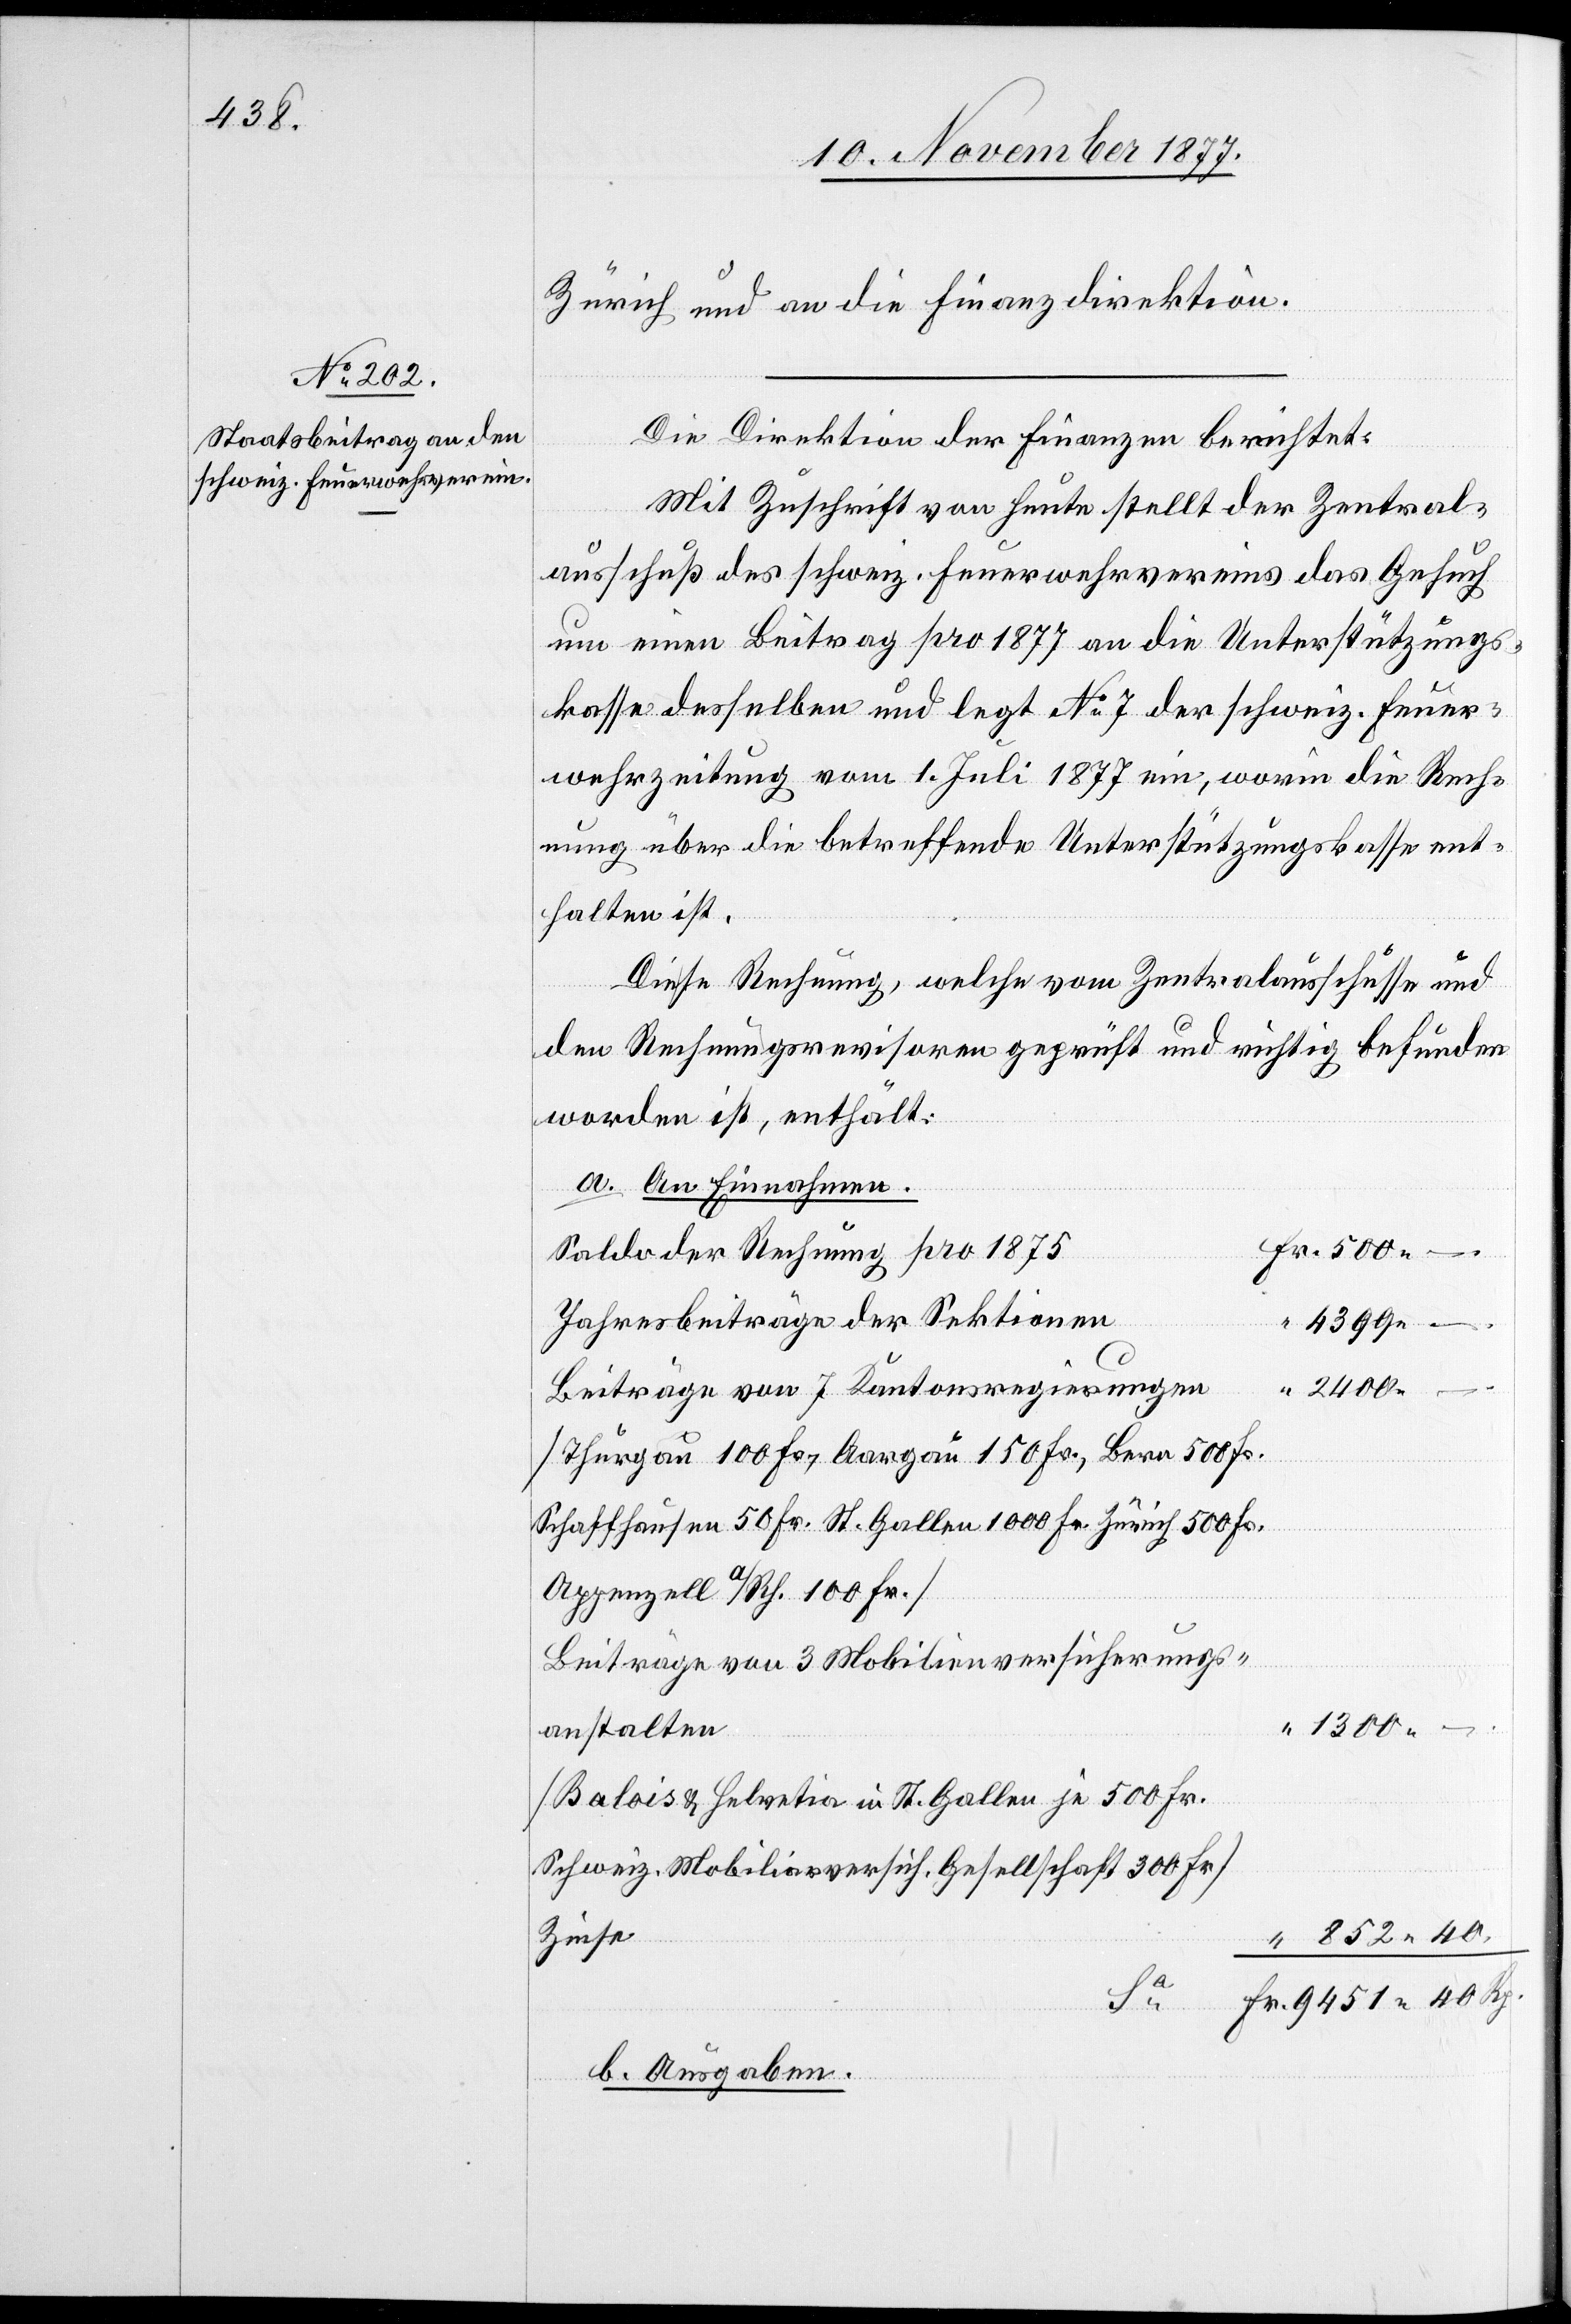
852 40.

Zürich und an die Finanzdirektion.
“
Die Direktion der Finanzen berichtet:
Mit Zuschrift von heute stellt der Zentral¬
ausschuß des schweiz. Feuerwehrvereins das Gesuch
um einen Beitrag pro 1877 an die Unterstützungs¬
kasse desselben und legt No 7 der schweiz. Feuer¬
wehrzeitung vom 1. Juli 1877 ein, worin die Rech¬
nung über die betreffende Unterstützungskasse ent¬
halten ist.
Diese Rechnung, welche vom Zentralausschusse und
den Rechnungsrevisoren geprüft und richtig befunden
worden ist, enthält:
a. An Einnahmen.
Fr. 500 –
Saldo der Rechnung pro 1875
Jahresbeiträge der Sektionen
4399 –
“ 2400 –
Beiträge von 7 Kantonsregierungen
[Thurgau 100 Fr., Aargau 150 Fr., Bern 500 Fr.
Schaffhausen 50 Fr. St. Gallen 1000 Fr. Zürich 500 Fr.
Appenzell A/Rh. 100 Fr.]
Beiträge von 3 Mobilienversicherungs¬
anstalten
“ 1300 –
[Balois & Helvetia in St. Gallen je 500 Fr.
Schweiz. Mobiliarversich. Gesellschaft 300 Fr.]
Zinse
Fr. 9451 40 Rp.
b. Ausgaben.